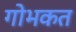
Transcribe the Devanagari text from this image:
गोभकत